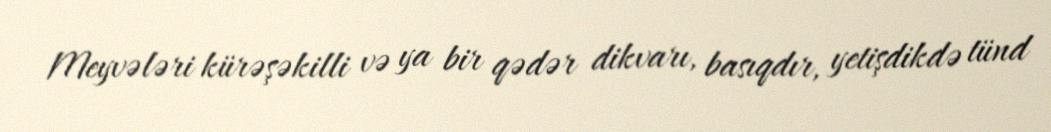
Meyvələri kürəşəkilli və ya bir qədər dikvarı, basıqdır, yetişdikdə tünd